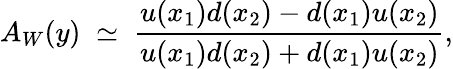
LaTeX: A_{W}(y)\; \simeq\; \frac{u(x_{1})d(x_{2})-d(x_{1})u(x_{2})}{u(x_{1})d(x_{2})+d(x_{1})u(x_{2})},